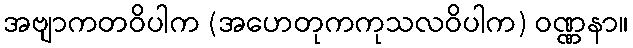
အဗျာကတဝိပါက (အဟေတုကကုသလဝိပါက) ဝဏ္ဏနာ။